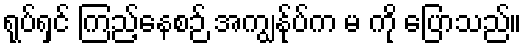
ရုပ်ရှင် ကြည့်နေစဉ် အကျွန်ုပ်က မ ကို ပြောသည်။